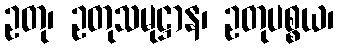
ဥတု၊ ဥတုသမုဋ္ဌာန၊ ဥတုပစ္စယ၊